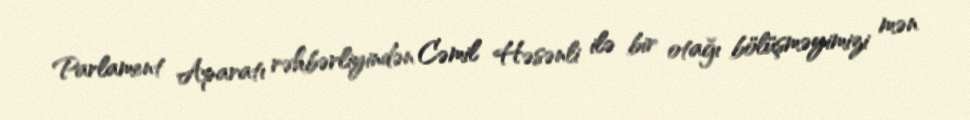
Parlament Aparatı rəhbərliyindən Cəmil Həsənli ilə bir otağı bölüşməyimizi mən